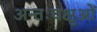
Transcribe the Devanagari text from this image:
अन्तःचक्षुओं